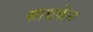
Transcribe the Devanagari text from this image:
साधकेन